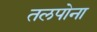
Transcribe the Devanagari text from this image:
तलपोना